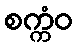
စက္ကံဝ